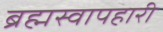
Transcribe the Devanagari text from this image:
ब्रह्मस्वापहारी